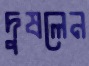
দুষলেন